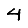
Digit: 4